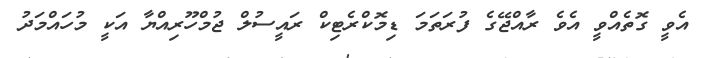
އެވީ ގޮތެއްވީ އެވެ ރާއްޖޭގެ ފުރަތަމަ ޑިމޮކްރެޓިކް ރައީސުލް ޖުމްހޫރިއްޔާ އަކީ މުހައްމަދު